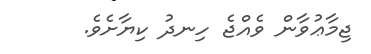
ޖިމާޢުވާން ވެއްޖެ ހިނދު ކިޔާށެވެ.